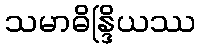
သမာဓိန္ဒြိယဿ